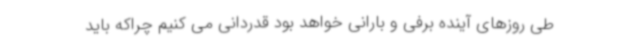
طی روزهای آینده برفی و بارانی خواهد بود قدردانی می کنیم چراکه باید